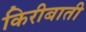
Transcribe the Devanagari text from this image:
किरीबाती